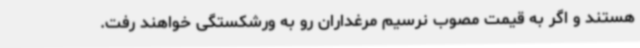
هستند و اگر به قیمت مصوب نرسیم مرغداران رو به ورشکستگی خواهند رفت.